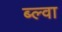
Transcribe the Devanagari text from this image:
ब्ल्वा